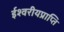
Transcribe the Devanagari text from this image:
ईश्वरीयप्राप्ति